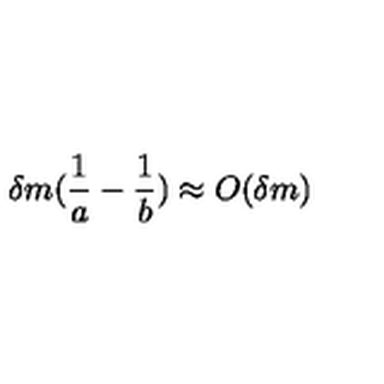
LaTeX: \delta m ( \frac { 1 } { a } - \frac { 1 } { b } ) \approx O ( \delta m )